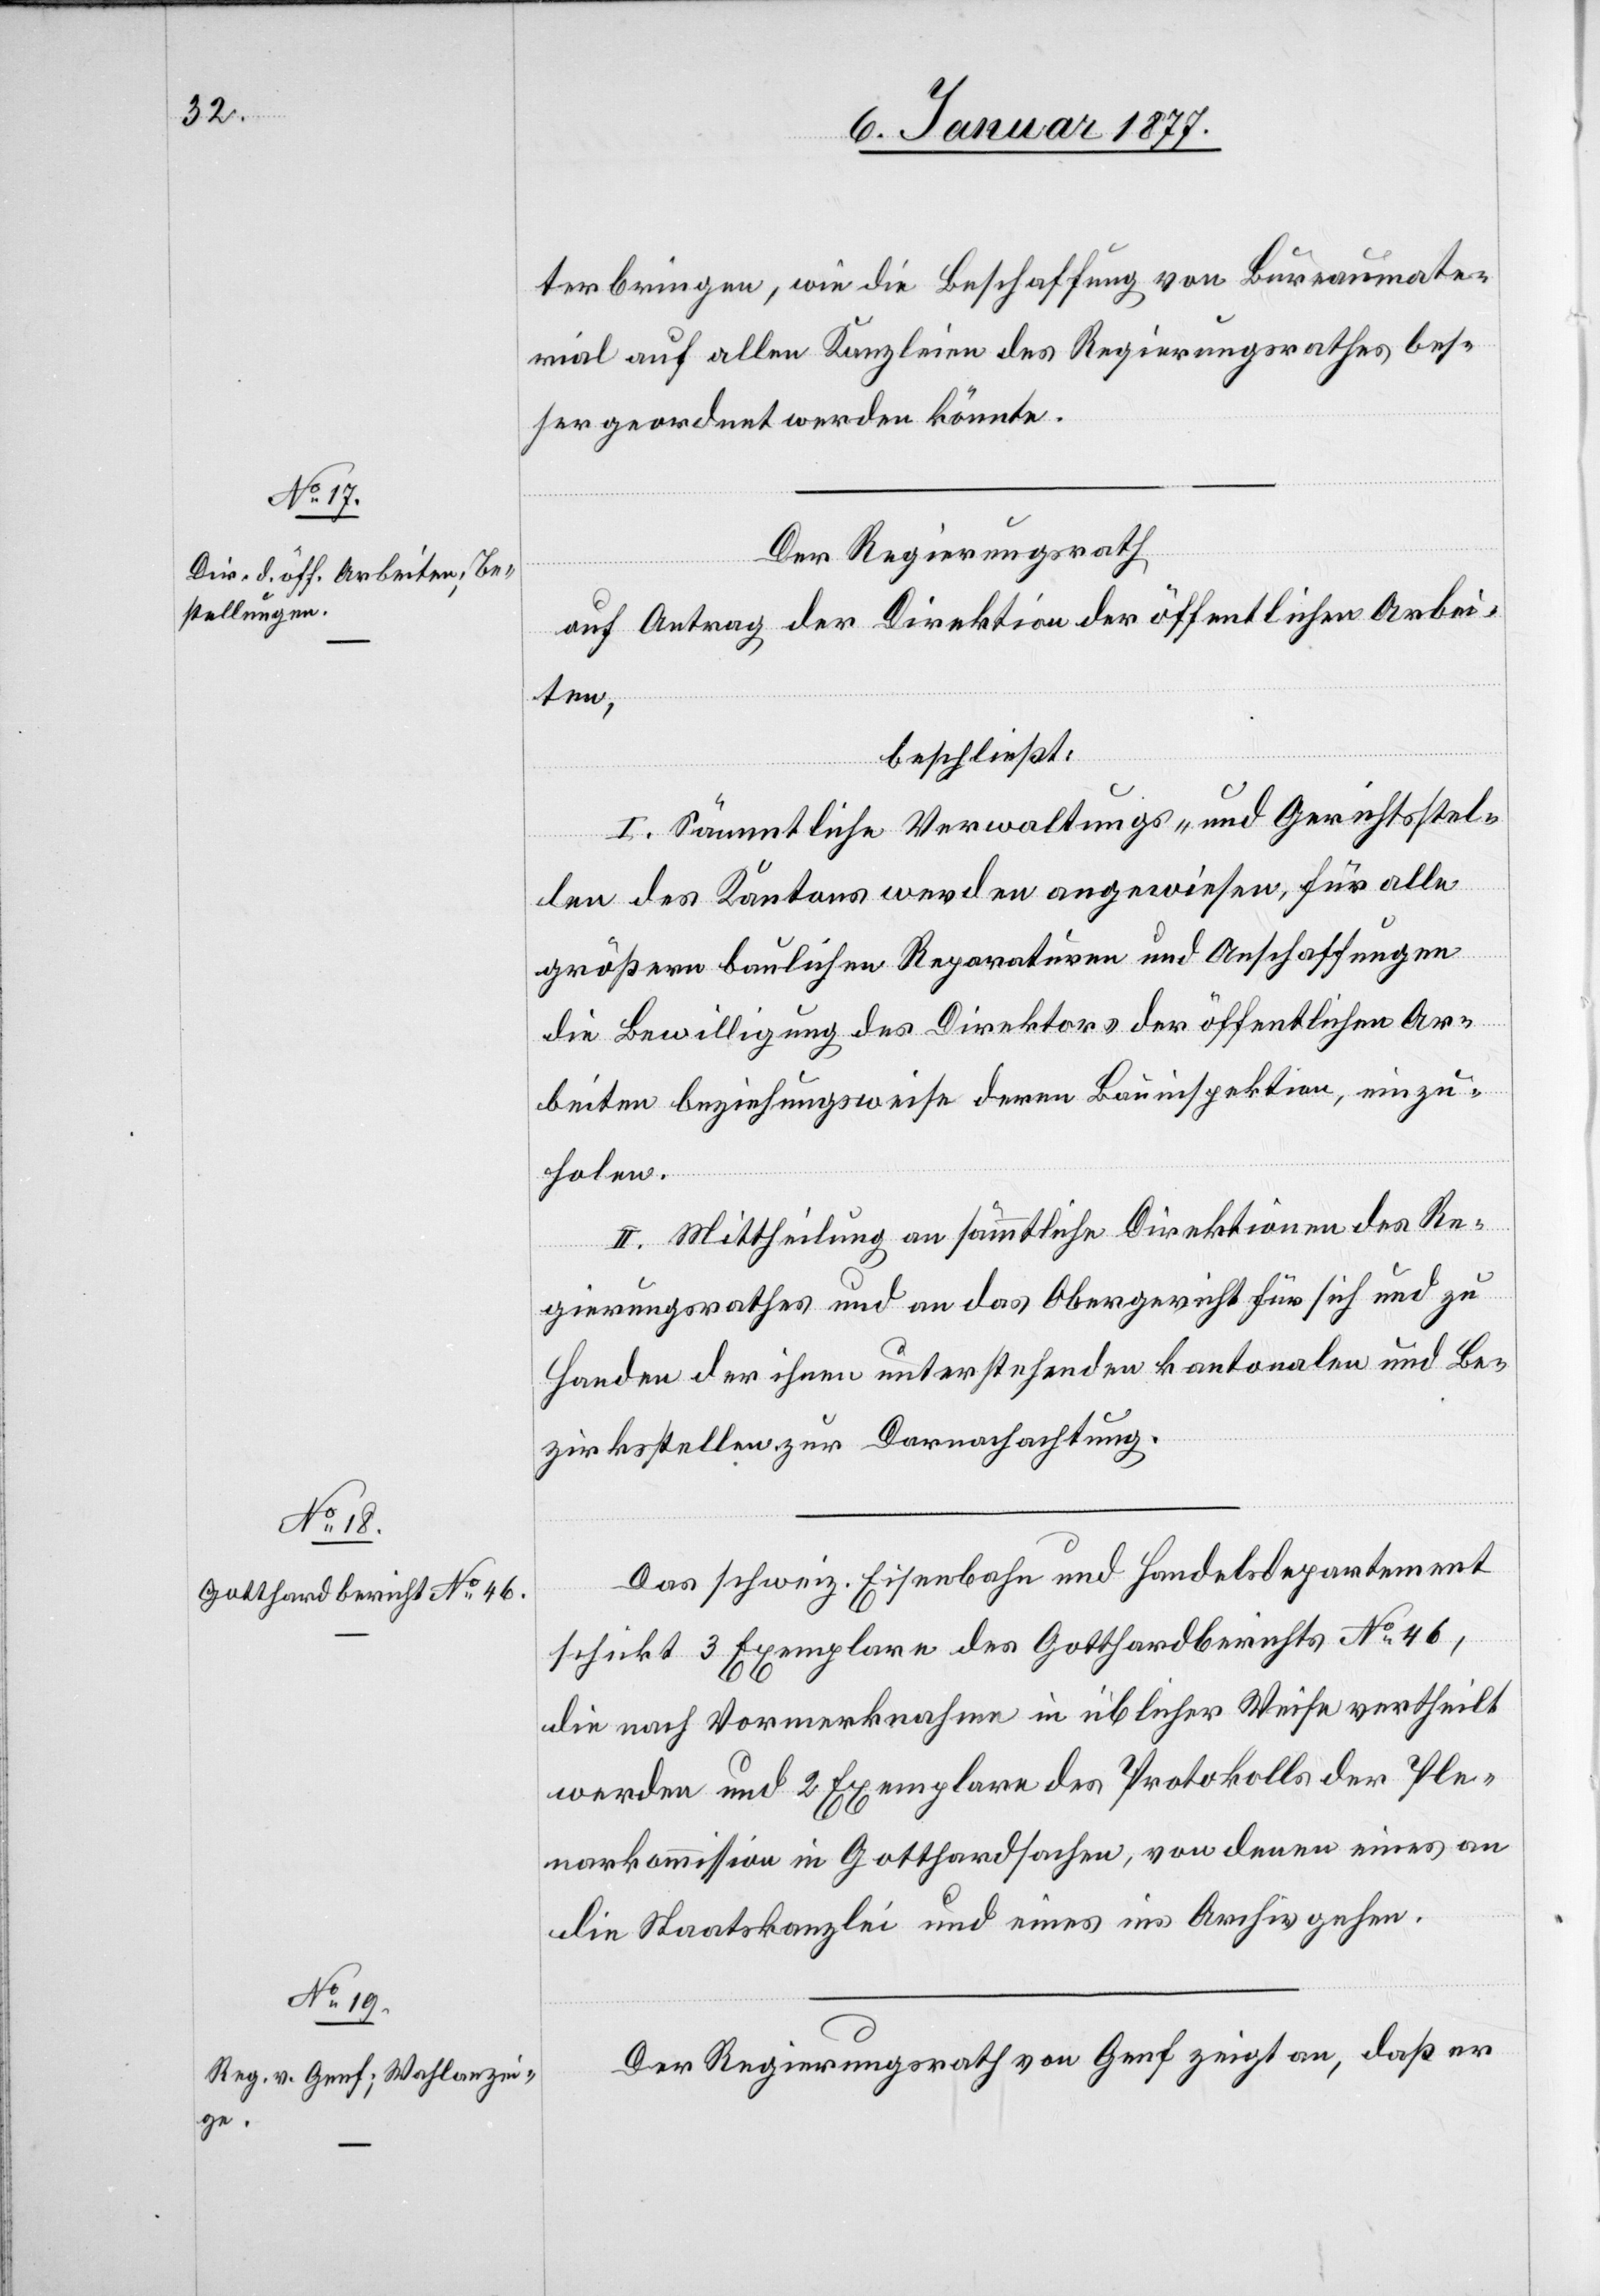
terbringen, wie die Beschaffung von Bureaumater¬
ial auf allen Kanzleien des Regierungsrathes bes¬
ser geordnet werden könnte.
Der Regierungsrath
auf Antrag der Direktion der öffentlichen Arbei¬
ten,
beschließt:
I. Sämmtliche Verwaltungs- und Gerichtsstel¬
len des Kantons werden angewiesen, für alle
größern baulichen Reparationen und Anschaffungen
die Bewilligung des Direktors der öffentlichen Ar¬
beiten beziehungsweise deren Bauinspektion, einzu¬
holen.
II. Mittheilung an sämmtliche Direktionen des Re¬
gierungsrathes und an das Obergericht für sich und zu
Handen der ihnen unterstehenden kantonalen und Be¬
zirksstellen zur Darnachachtung.
Das schweiz. Eisenbahn[-] und Handelsdepartement
schickt 3 Exemplare des Gotthardberichtes No 46,
die nach Vormerknahme in üblicher Weise vertheilt
werden und 2 Exemplare des Protokolls der Ple¬
narkommission in Gotthardsachen, von denen eines an
die Staatskanzlei und eines ins Archiv gehen.
Der Regierungsrath von Genf zeigt an, daß er